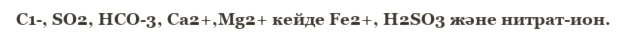
С1-, SO2, НСО-3, Ca2+,Mg2+ кейде Fe2+, H2SO3 және нитрат-ион.